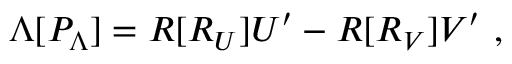
\Lambda [ P _ { \Lambda } ] = R [ R _ { U } ] U ^ { \prime } - R [ R _ { V } ] V ^ { \prime } \ ,